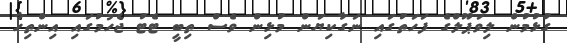
ގުޅުމުން ލިވަޕޫލްގެ ފަހަތުގައި ނަގާކިޔަން މުޅިން ވެސް ތިބީ ޓެޓު ޖެހުމުގައި އިންތިހާ